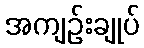
အကျဉ်းချုပ်